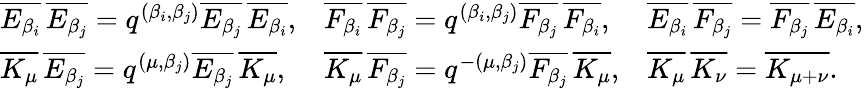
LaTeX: \begin{array}{lll}{\overline{{E_{\beta_{i}}}}\, \overline{{E_{\beta_{j}}}}=q^{(\beta_{i},\beta_{j})}\overline{{E_{\beta_{j}}}}\, \overline{{E_{\beta_{i}}}},}&{\overline{{F_{\beta_{i}}}}\, \overline{{F_{\beta_{j}}}}=q^{(\beta_{i},\beta_{j})}\overline{{F_{\beta_{j}}}}\, \overline{{F_{\beta_{i}}}},}&{\overline{{E_{\beta_{i}}}}\, \overline{{F_{\beta_{j}}}}=\overline{{F_{\beta_{j}}}}\, \overline{{E_{\beta_{i}}}},}\\ {\overline{{K_{\mu}}}\, \overline{{E_{\beta_{j}}}}=q^{(\mu,\beta_{j})}\overline{{E_{\beta_{j}}}}\, \overline{{K_{\mu}}},}&{\overline{{K_{\mu}}}\, \overline{{F_{\beta_{j}}}}=q^{-(\mu,\beta_{j})}\overline{{F_{\beta_{j}}}}\, \overline{{K_{\mu}}},}&{\overline{{K_{\mu}}}\, \overline{{K_{\nu}}}=\overline{{K_{\mu+\nu}}}.}\end{array}